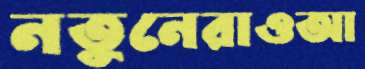
নতুনেরাওআ